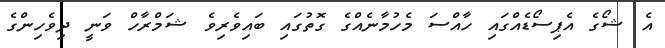
އެ ޝޯގެ އެޕިސޯޑެއްގައި ހާއްސަ މެހުމާނެއްގެ ގޮތުގައި ބައިވެރިވެ ޝަމްރާހް ވަނީ ދިވެހިންގެ